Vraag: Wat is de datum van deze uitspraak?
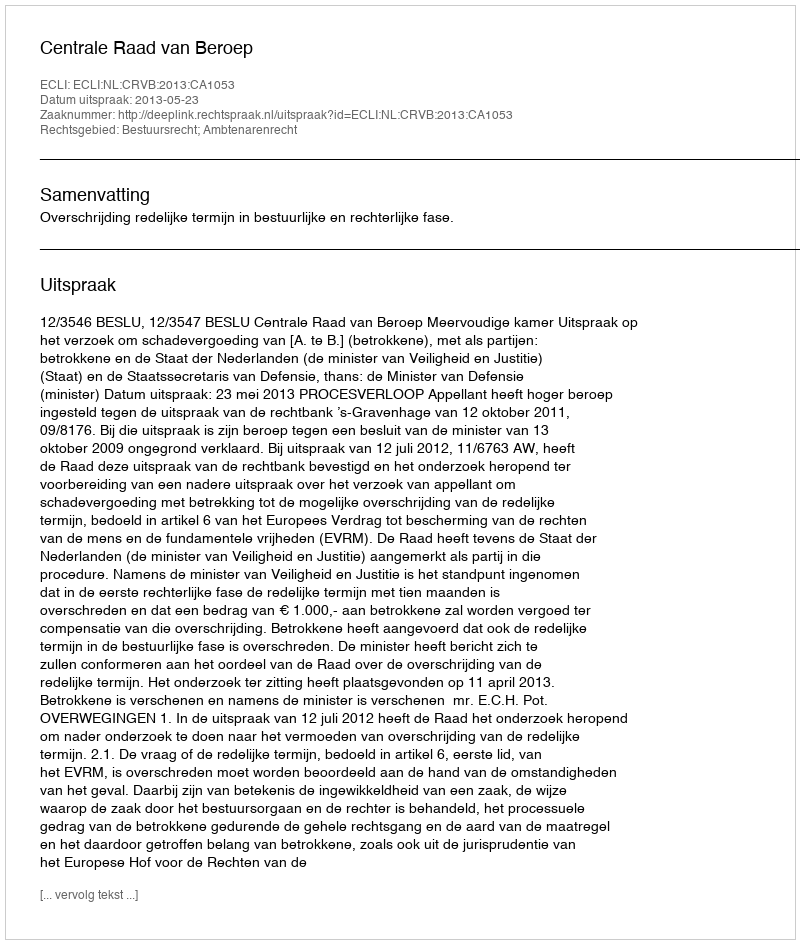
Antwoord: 2013-05-23